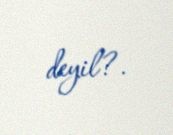
deyil?.